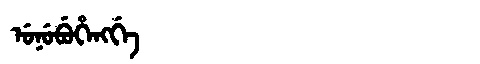
Manchu: ᡠᠨᡠᠪᡠᡥᡝᠩᡤᡝ
Romanization: UNUBUHENGGE